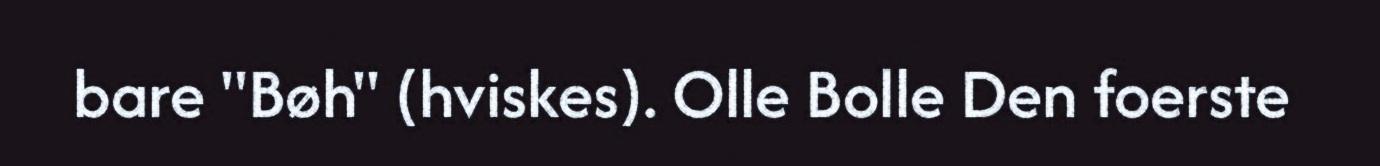
bare "Bøh" (hviskes). Olle Bolle Den foerste